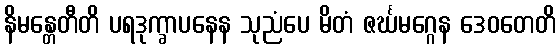
နိမန္တေတီတိ ပရဒုက္ခာပနေန သုညံပေ မိတံ ဇင်္ဃမဂ္ဂေန ဒေဝတေတိ